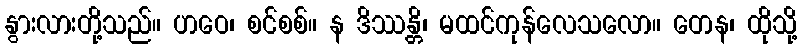
နွားလားတို့သည်။ ဟဝေ၊ စင်စစ်။ န ဒိဿန္တိ၊ မထင်ကုန်လေသလော။ တေန၊ ထိုသို့